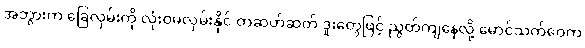
အဘွားက ခြေလှမ်းကို လုံးဝမလှမ်းနိုင် တဆတ်ဆတ် ဒူးတွေဖြင့် ညွတ်ကျနေလို့ မောင်သက်ဝေက